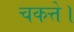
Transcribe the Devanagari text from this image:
चकत्ते।